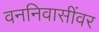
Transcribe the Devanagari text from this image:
वननिवासींवर